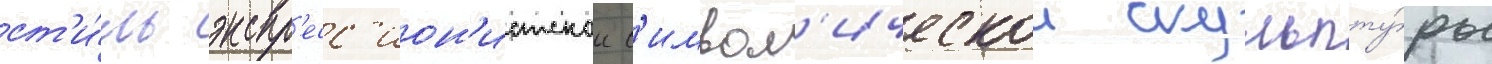
ст'и́ль экспр'есс'ион'истскои с'имвол'ическои скульпту́ры